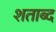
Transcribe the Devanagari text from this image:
शताब्द